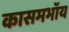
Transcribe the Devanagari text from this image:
कासमभॉय